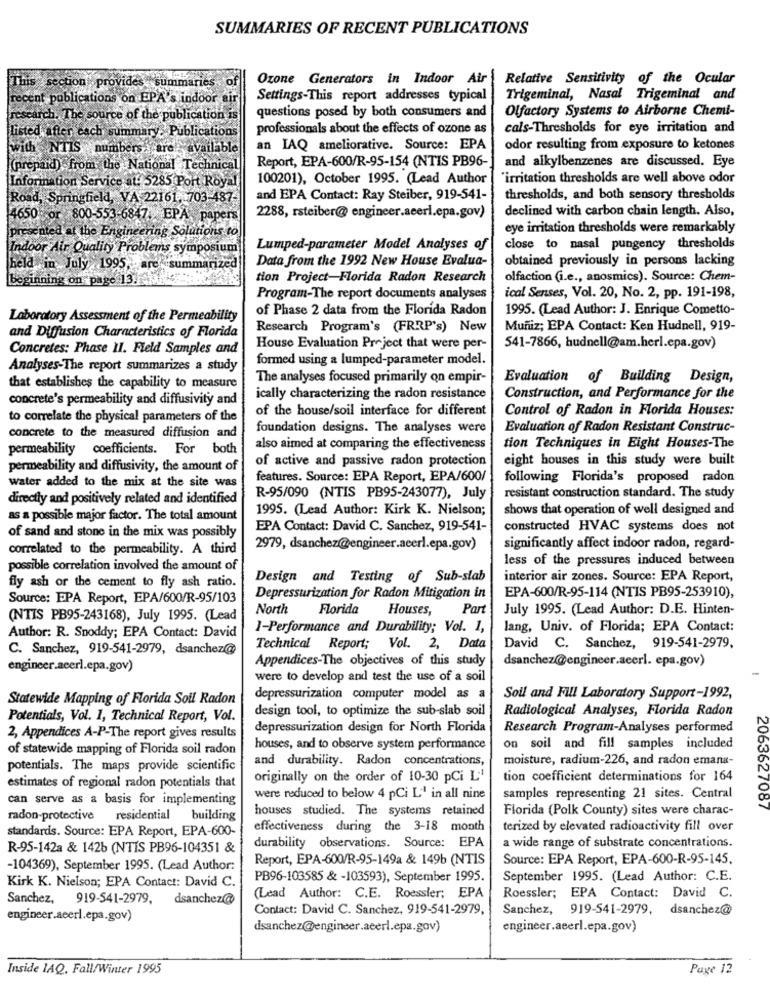
SUMMARIES OF RECENT PUBLICATIONS
This section provides summaries of
Ozone Generators in Indoor Air
Relative Sensitivity of the Ocular
recent publications on EPA's indoor air
Settings-This report addresses typical
Trigeminal, Nasal Trigeminal and
Olfactory Systems to Airborne Chemi-
esearch. The source of the publication is
questions posed by both consumers and
listed after cach summary. Publications
professionals about the effects of ozone as
cals-Thresholds for eye irritation and
with NTIS numbers >are? availa
an IAQ ameliorative. Source: EPA
odor resulting from exposure to ketones
Report, EPA-600/R-95-154 (NTIS PB96-
and alkylbenzenes are discussed. Eye
(prepaid) from: the National Technical
Information Service at: 5285 Port Royal
100201), October 1995. (Lead Author
"irritation thresholds are well above odor
Road, Springfield, VA 22161. 703-487
and EPA Contact: Ray Steiber, 919-541-
thresholds, and both sensory thresholds
declined with carbon chain length. Also,
4650 or 800-553-6847. EPA, papers
2288, rsteiber@ engineer.acerl.epa.gov)
presented at the Engineen
ions to
eye irritation thresholds were remarkably
Indoor Air Quality Problems symposium
Lumped-parameter Model Analyses of
close to nasal pungency thresholds
Data from the 1992 New House Evalua-
obtained previously in persons lacking
July 1995
ummarized
beginning on page 13.
tion Project-Florida Radon Research
olfaction (i.e ., anosmics). Source: Chem-
Program-The report documents analyses
ical Senses, Vol. 20, No. 2, pp. 191-198,
of Phase 2 data from the Florida Radon
1995. (Lead Author: J. Enrique Cometto-
Laboratory Assessment of the Permeability
Research Program's (FRRP's) New
Muñiz; EPA Contact: Ken Hudnell, 919-
and Diffusion Characteristics of Florida
Concretes: Phase II. Field Samples and
House Evaluation Project that were per-
541-7866, hudnell@am.herl.epa.gov)
formed using a lumped-parameter model.
Analyses-The report summarizes a study
The analyses focused primarily on empir-
Evaluation of Building Design,
that establishes the capability to measure
concrete's permeability and diffusivity and
ically characterizing the radon resistance
Construction, and Performance for the
of the house/soil interface for different
Control of Radon in Florida Houses:
to correlate the physical parameters of the
foundation designs. The analyses were
Evaluation of Radon Resistant Construc-
concrete to the measured diffusion and
permeability coefficients. For both
also aimed at comparing the effectiveness
tion Techniques in Eight Houses-The
of active and passive radon protection
eight houses in this study were built
permeability and diffusivity, the amount of
features. Source: EPA Report, EPA/600/
following Florida's proposed radon
water added to the mix at the site was
directly and positively related and identified
R-95/090 (NTIS PB95-243077), July
resistant construction standard. The study
1995. (Lead Author: Kirk K. Nielson;
shows that operation of well designed and
as a possible major factor. The total amount
EPA Contact: David C. Sanchez, 919-541-
constructed HVAC systems does not
of sand and stone in the mix was possibly
correlated to the permeability. A third
2979, dsanchez@engineer.acerl.epa.gov)
significantly affect indoor radon, regard-
less of the pressures induced between
possible correlation involved the amount of
Design and Testing of Sub-slab
interior air zones. Source: EPA Report,
fly ash or the cement to fly ash ratio.
Source: EPA Report, EPA/600/R-95/103
Depressurization for Radon Mitigation in
EPA-600/R-95-114 (NTIS PB95-253910),
North
Florida
Houses,
Part
July 1995. (Lead Author: D.E. Hinten-
(NTIS PB95-243168), July 1995. (Lead
1-Performance and Durability; Vol. 1,
lang, Univ. of Florida; EPA Contact:
Author: R. Snoddy; EPA Contact: David
C. Sanchez, 919-541-2979, dsanchez@
Technical Report; Vol. 2, Data
David C. Sanchez, 919-541-2979,
Appendices-The objectives of this study
dsanchez@engineer.acerl. epa.gov)
engineer.acerl.epa.gov)
were to develop and test the use of a soil
Statewide Mapping of Florida Soil Radon
depressurization computer model as a
Soul and Fill Laboratory Support-1992,
design tool, to optimize the sub-slab soil
Radiological Analyses, Florida Radon
Potentials, Vol. 1, Technical Report, Vol.
depressurization design for North Florida
Research Program-Analyses performed
2, Appendices A-P-The report gives results
of statewide mapping of Florida soil radon
houses, and to observe system performance
on soil and fill samples included
and durability. Radon concentrations,
moisture, radium-226, and radon emana-
potentials. The maps provide scientific
originally on the order of 10-30 pCi L'
tion coefficient determinations for 164
estimates of regional radon potentials that
can serve as a basis for implementing
were reduced to below 4 pCi L' in all nine
samples representing 21 sites. Central
houses studied. The systems retained
Florida (Polk County) sites were charac-
2063627087
radon-protective
residential
building
standards. Source: EPA Report, EPA-600-
effectiveness during the 3-18 month
terized by elevated radioactivity fill over
R-95-142a & 1426 (NTÍS PB96-104351 &
durability observations. Source: EPA
a wide range of substrate concentrations.
Report, EPA-600/R-95-149a & 149b (NTIS
Source: EPA Report, EPA-600-R-95-145.
-104369), September 1995. (Lead Author:
PB96-103585 & -103593), September 1995.
September 1995. (Lead Author: C.E.
Kirk K. Nielson; EPA Contact: David C.
Sanchez, 919-541-2979, dsanchez@
(Lead Author: C.E. Roessler; EPA
Roessler; EPA Contact: David C.
Contact: David C. Sanchez, 919-541-2979,
Sanchez, 919-541-2979, dsanchez@
engineer.acerl.epa.gov)
dsanchez@engineer.aeerl.epa.gov)
engineer.aeerl.epa.gov)
Inside IAQ, Fall/Winter 1995
Page 12